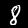
Digit: 8